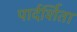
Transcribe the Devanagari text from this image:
पार्दर्शिता